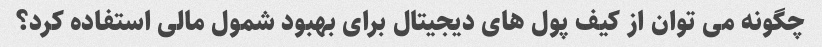
چگونه می توان از کیف پول های دیجیتال برای بهبود شمول مالی استفاده کرد؟